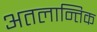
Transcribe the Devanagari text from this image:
अतलान्तिक